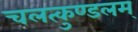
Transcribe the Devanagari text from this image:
चलत्कुण्डलम्